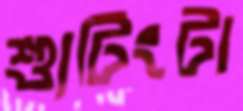
শ্যুটিংটা